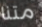
متنا